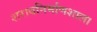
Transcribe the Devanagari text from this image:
शराबनिर्माणशाला